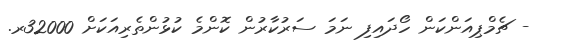
- ޗެމްޕިއަންކަން ހޯދައިފި ނަމަ ސަރުކާރުން ކޮންމެ ކުޅުންތެރިއަކަށް 32000ރ.